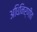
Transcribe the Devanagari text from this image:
अधिनिर्णीत